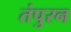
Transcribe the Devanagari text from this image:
तंपुरन